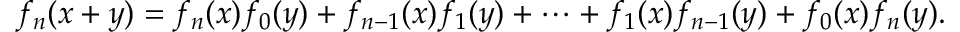
f _ { n } ( x + y ) = f _ { n } ( x ) f _ { 0 } ( y ) + f _ { n - 1 } ( x ) f _ { 1 } ( y ) + \cdots + f _ { 1 } ( x ) f _ { n - 1 } ( y ) + f _ { 0 } ( x ) f _ { n } ( y ) .